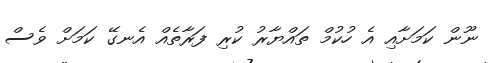
ނޫން ކަމަށާއި އެ ހުކުމް ތައްޔާރު ކުރި ފަރާތެއް އެނގޭ ކަމަށް ވެސް